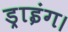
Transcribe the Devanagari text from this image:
ड्राइंग।